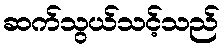
ဆက်သွယ်သင့်သည်